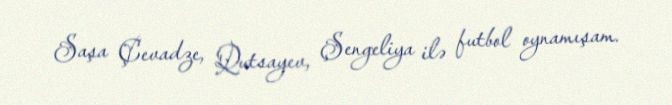
Saşa Çevadze, Qutsayev, Şengeliya ilə futbol oynamışam.